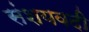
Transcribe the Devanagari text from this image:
संशयवदी